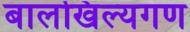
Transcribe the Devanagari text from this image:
बालखिल्यगण